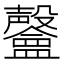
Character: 𣫨